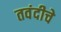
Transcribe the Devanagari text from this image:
तवंदीचे